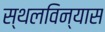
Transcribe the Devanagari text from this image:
स्थलविन्यास